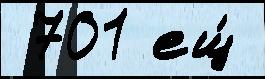
 701 ещ́